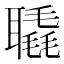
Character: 𦗨